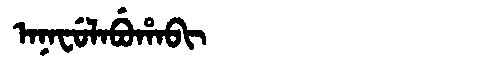
Manchu: ᠠᠨᠠᠸᡠᠯᠠᠪᡠᡥᠠᠪᡳ
Romanization: ANAFULABUHABI